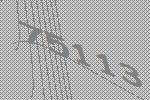
75113